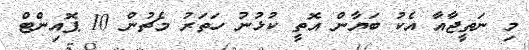
މި ނަތީޖާއާ އެކު ބަޔާން އޮތީ ކުޅުނު ހަތަރު މެޗުން 10 ޕޮއިންޓް